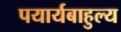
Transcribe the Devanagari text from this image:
पयार्यबाहुल्य